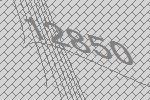
12850